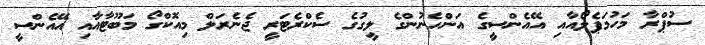
ސުޕްރާ މަހުމަޕެލޯއާއި އޭއެންސީގެ އަންހެނުންގެ ލީގުގެ ސެކްރެޓަރީ ޖެނެރަލް މިއޮކްގޯ މަބޫޓާއާއި އޭއެންސީ